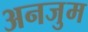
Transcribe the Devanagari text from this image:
अनजुम